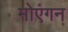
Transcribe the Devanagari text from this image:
मोएंगन